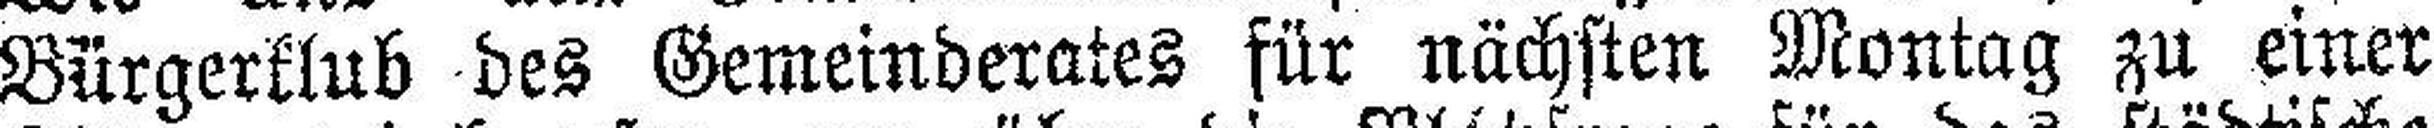
Bürgerklub des Gemeinderates für nächsten Montag zu einer